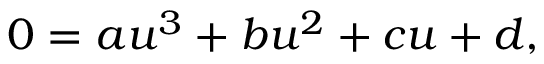
0 = a u ^ { 3 } + b u ^ { 2 } + c u + d ,